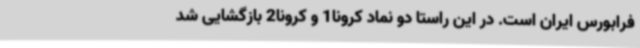
فرابورس ایران است. در این راستا دو نماد کرونا1 و کرونا2 بازگشایی شد